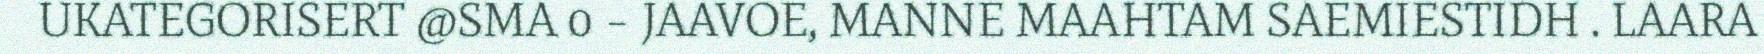
UKATEGORISERT @SMA 0 – JAAVOE, MANNE MAAHTAM SAEMIESTIDH . LAARA